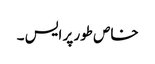
خاص طور پر ایس ۔